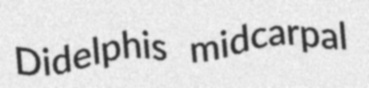
Didelphis midcarpal